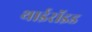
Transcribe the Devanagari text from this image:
थाईरॉइड